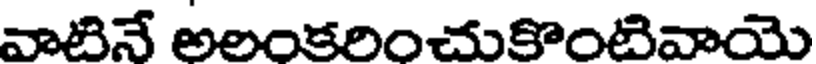
వాటినే అలంకరించుకొంటివాయె